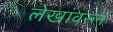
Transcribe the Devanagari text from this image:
लेखांवरून